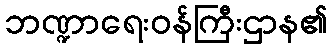
ဘဏ္ဍာရေးဝန်ကြီးဌာန၏